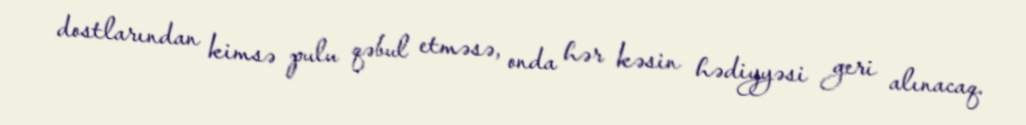
dostlarından kimsə pulu qəbul etməsə, onda hər kəsin hədiyyəsi geri alınacaq.